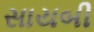
સાયબી